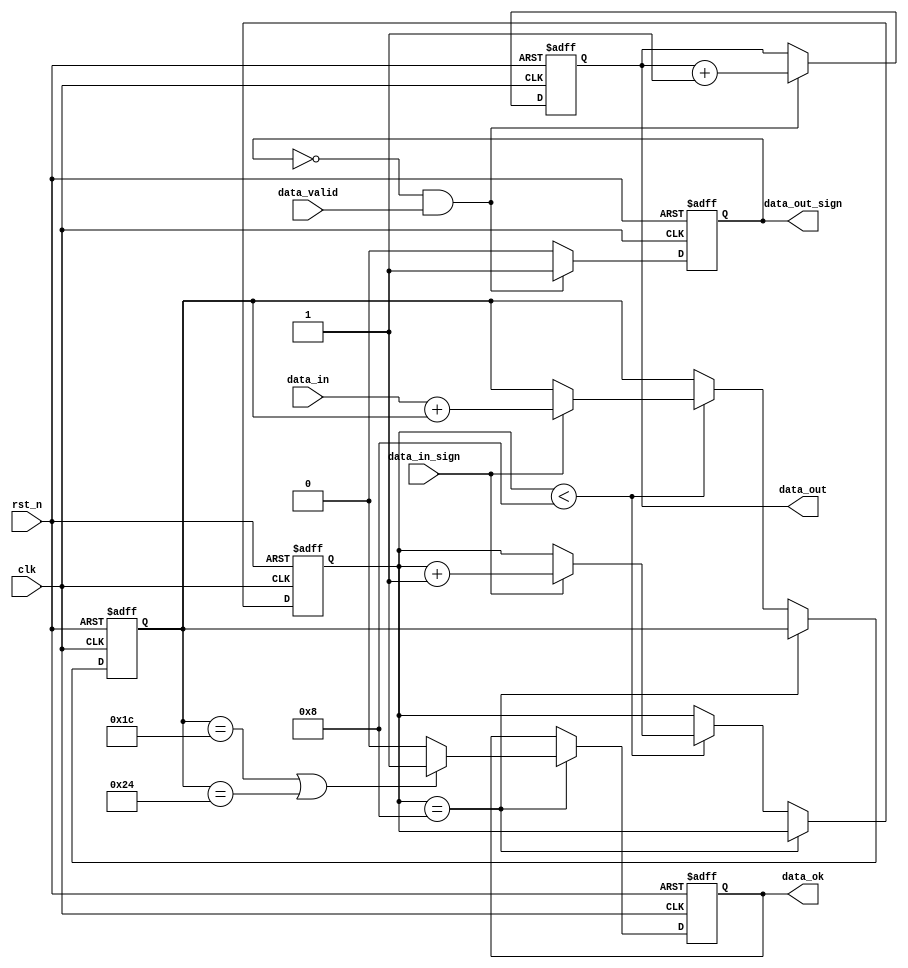
module data_deal(
	clk,
	rst_n,
	data_in,
	data_in_sign,
	
	data_out,
	data_out_sign,
	data_valid,
	data_ok
    );
	
	
	
	input 	clk;
	input 	rst_n;
	input 	[7:0]	data_in;
	input 	data_in_sign;
	
	output	[7:0]	data_out;
	output	data_out_sign;
	input 	data_valid;
	output	data_ok;
	
	
	
	reg		[7:0]	data_reg;
	reg		[3:0]	data_regnum;
	reg				data_ok;
	
	reg		[7:0]	data_out;
	reg				data_out_sign;

	always @(posedge  clk or negedge rst_n)begin
		if(!rst_n)begin
			data_reg <= 8'h0;
			data_regnum <= 4'h0;
			data_ok <= 1'h0;
		end	
		else if(data_regnum == 4'h8) begin
			data_ok <=  ((data_reg == 8'd28)||(data_reg == 8'd36)) ? 1'b1 : 1'b0;
		end
		else if(data_regnum < 4'h8)begin	
			data_regnum <= data_in_sign ? data_regnum + 1'b1 : data_regnum;
			data_reg <= data_in_sign ? (data_in + data_reg) : data_reg;
		end
		else
			data_regnum <= data_regnum ;
	end
	
	
	always @(posedge  clk or negedge rst_n)begin
		if(!rst_n)begin
			data_out_sign <= 1'b0;
			data_out <= 'h0;
		end
		else begin
			if(~data_out_sign & data_valid)		data_out_sign <= 1'b1;
			else 								data_out_sign <= 1'b0;
			data_out <= ~data_out_sign & data_valid ? data_out + 1'b1 : data_out;
		end
	end
	


endmodule